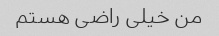
من خیلی راضی هستم